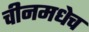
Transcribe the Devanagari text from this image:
चीनमधेच